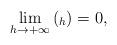
LaTeX: \begin{align*} \lim_{h\to +\infty}{(_h)} = 0, \end{align*}